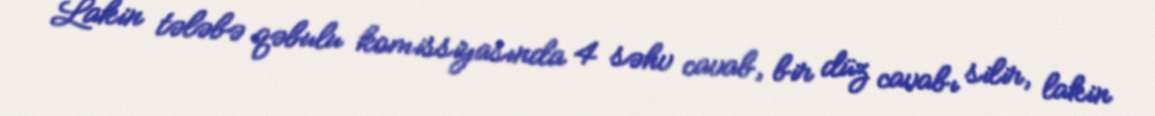
Lakin tələbə qəbulu komissiyasında 4 səhv cavab, bir düz cavabı silir, lakin